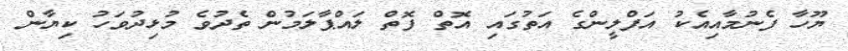
ޔޫހާ ފެނުމާއިއެކު އަފްލީންގެ އަތުގައި އޮތް ފޮތް ލައްޕާލަމުން ތެދުވެ މުޅިދުވަހު ކިޔާން